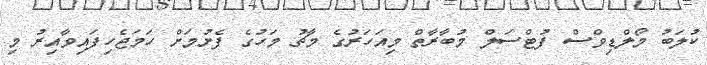
ކުލަބު މޯލްޑިވްސް ފުޓްސަލް މުބާރާތް މިއަހަރުގެ މާޗު މަހުގެ ފެށުމަށް ހަމަޖެހިފައިވާއިރު މި